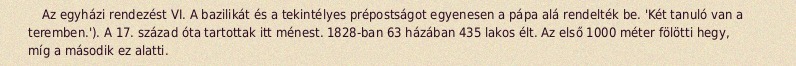
Az egyházi rendezést VI. A bazilikát és a tekintélyes prépostságot egyenesen a pápa alá rendelték be. 'Két tanuló van a teremben.'). A 17. század óta tartottak itt ménest. 1828-ban 63 házában 435 lakos élt. Az első 1000 méter fölötti hegy, míg a második ez alatti.